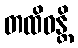
တထိဝန္တိ